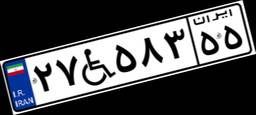
۲۷W۵۸۳۵۵